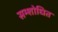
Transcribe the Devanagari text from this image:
सम्शोधित